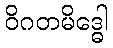
ဝိဂတမိဒ္ဓေါ